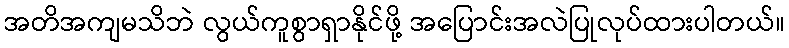
အတိအကျမသိဘဲ လွယ်ကူစွာရှာနိုင်ဖို့ အပြောင်းအလဲပြုလုပ်ထားပါတယ်။